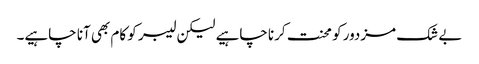
بے شک مزدور کو محنت کرنا چاہیے لیکن لیبر کو کام بھی آنا چاہیے۔